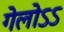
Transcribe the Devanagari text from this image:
गेलोऽऽ